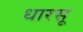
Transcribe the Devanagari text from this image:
धारसू